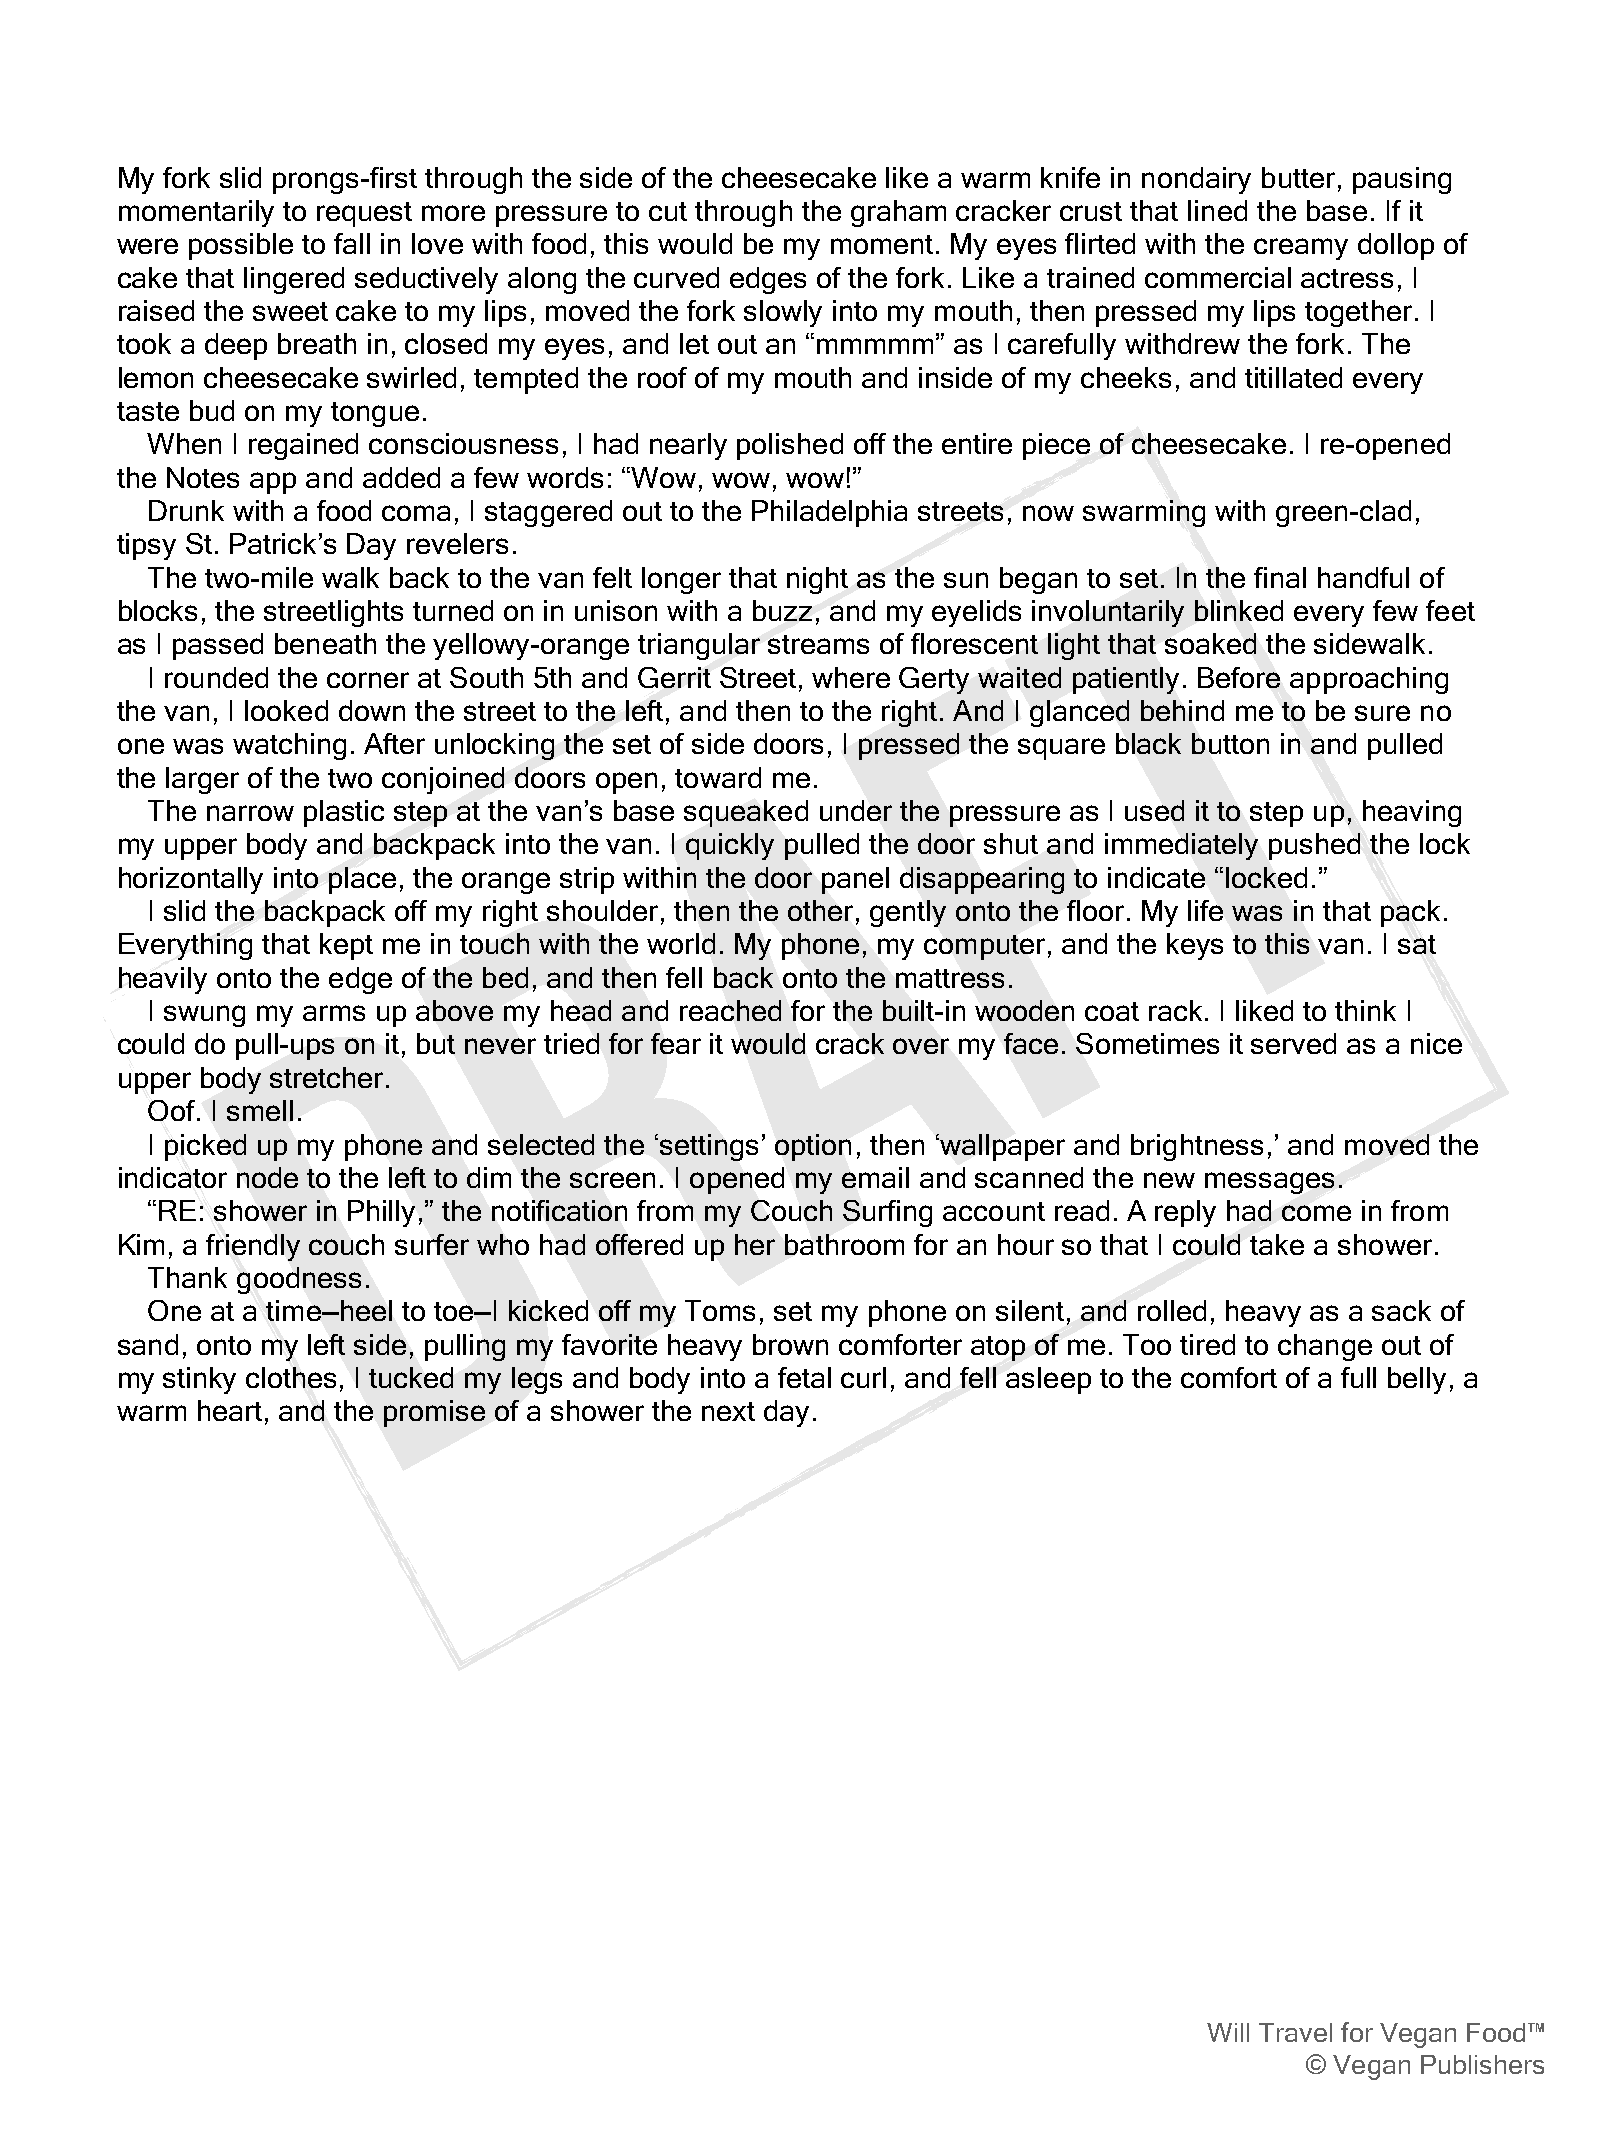
My fork slid prongs-first through the side of the cheesecake like a warm knife in nondairy butter, pausing
 momentarily to request more pressure to cut through the graham cracker crust that lined the base. If it
 were possible to fall in love with food, this would be my moment. My eyes flirted with the creamy dollop of
 cake that lingered seductively along the curved edges of the fork. Like a trained commercial actress, I
 raised the sweet cake to my lips, moved the fork slowly into my mouth, then pressed my lips together. I
 took a deep breath in, closed my eyes, and let out an “mmmmm” as I carefully withdrew the fork. The
 lemon cheesecake swirled, tempted the roof of my mouth and inside of my cheeks, and titillated every
 taste bud on my tongue.
 When I regained consciousness, I had nearly polished off the entire piece of cheesecake. I re-opened
 the Notes app and added a few words: “Wow, wow, wow!”
 Drunk with a food coma, I staggered out to the Philadelphia streets, now swarming with green-clad,
 tipsy St. Patrick’s Day revelers.
 The two-mile walk back to the van felt longer that night as the sun began to set. InT the final handful of
 blocks, the streetlights turned on in unison with a buzz, and my eyelids involuntarily blinked every few feet
 as I passed beneath the yellowy-orange triangular streams of florescent light that soaked the sidewalk.
 I rounded the corner at South 5th and Gerrit Street, where Gerty waFited patiently. Before approaching
 the van, I looked down the street to the left, and then to the right. And I glanced behind me to be sure no
 one was watching. After unlocking the set of side doors, I pressed the square black button in and pulled
 the larger of the two conjoined doors open, toward me.A
 The narrow plastic step at the van’s base squeaked under the pressure as I used it to step up, heaving
 my upper body and backpack into the van. I quickly pulled the door shut and immediately pushed the lock
 horizontally into place, the orange strip within the door panel disappearing to indicate “locked.”
 R
 I slid the backpack off my right shoulder, then the other, gently onto the floor. My life was in that pack.
 Everything that kept me in touch with the world. My phone, my computer, and the keys to this van. I sat
 heavily onto the edge of the bed, and then fell back onto the mattress.
 I swung my arms upD above my head and reached for the built-in wooden coat rack. I liked to think I
 could do pull-ups on it, but never tried for fear it would crack over my face. Sometimes it served as a nice
 upper body stretcher.
 Oof. I smell.
 I picked up my phone and selected the ‘settings’ option, then ‘wallpaper and brightness,’ and moved the
 indicator node to the left to dim the screen. I opened my email and scanned the new messages.
 “RE: shower in Philly,” the notification from my Couch Surfing account read. A reply had come in from
 Kim, a friendly couch surfer who had offered up her bathroom for an hour so that I could take a shower.
 Thank goodness.
 One at a time—heel to toe—I kicked off my Toms, set my phone on silent, and rolled, heavy as a sack of
 sand, onto my left side, pulling my favorite heavy brown comforter atop of me. Too tired to change out of
 my stinky clothes, I tucked my legs and body into a fetal curl, and fell asleep to the comfort of a full belly, a
 warm heart, and the promise of a shower the next day.
 Will Travel for Vegan Food™
 © Vegan Publishers